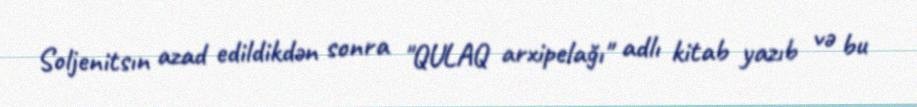
Soljenitsın azad edildikdən sonra "QULAQ arxipelağı" adlı kitab yazıb və bu